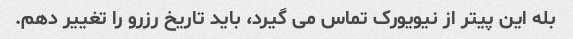
بله این پیتر از نیویورک تماس می گیرد، باید تاریخ رزرو را تغییر دهم.